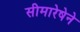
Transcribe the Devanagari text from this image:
सीमारेषेने